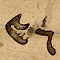
٣٦